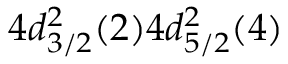
4 d _ { 3 / 2 } ^ { 2 } ( 2 ) 4 d _ { 5 / 2 } ^ { 2 } ( 4 )